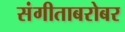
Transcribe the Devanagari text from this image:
संगीताबरोबर